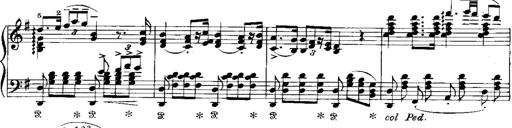
Title: RÃ©miniscences de Norma de Bellini
Composer: Franz Liszt